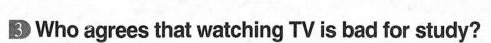
3 Who agrees that watching TV is bad for study?